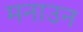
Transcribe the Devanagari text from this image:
मनाउन